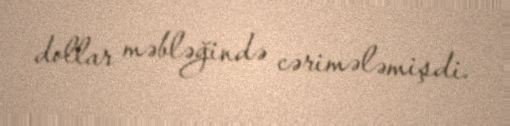
dollar məbləğində cərimələmişdi.